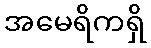
အမေရိကရှိ